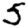
Digit: 5